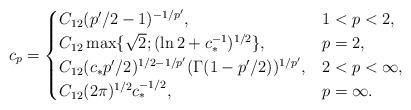
LaTeX: \begin{align*}c_p =\begin{cases} C_{12}(p'/2-1)^{-1/p'}, &1<p<2 ,\\C_{12} \max \{ \sqrt{2}; (\ln 2 + c_*^{-1})^{1/2}\}, &p=2 ,\\ C_{12}(c_* p'/2)^{1/2-1/p'} (\Gamma (1-p'/2))^{1/p'}, &2<p< \infty, \\ C_{12}(2\pi)^{1/2} c_*^{-1/2}, & p = \infty.\end{cases}\end{align*}